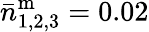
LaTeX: \bar{n}_{1,2,3}^{\mathrm{m}}=0.02